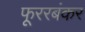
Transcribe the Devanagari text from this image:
फूररबंकर